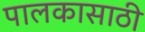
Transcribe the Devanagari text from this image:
पालकासाठी